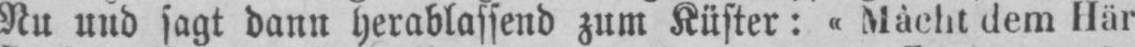
Nu und sagt dann herablassend zum Küster: «Màcht dem Här